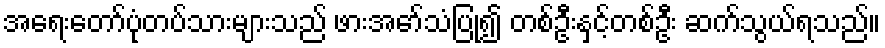
အရေးတော်ပုံတပ်သားများသည် ဖားအော်သံပြု၍ တစ်ဦးနှင့်တစ်ဦး ဆက်သွယ်ရသည်။